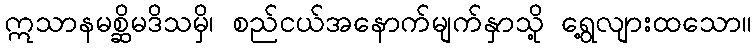
ဣသာနမစ္ဆိမဒိသမှိ၊ စည်ငယ်အနောက်မျက်နှာသို့ ရွေ့လျားထသော။